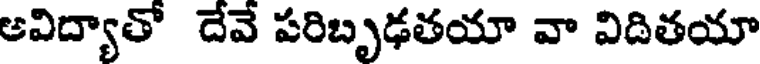
ఆవిద్యాతో దేవే పరిబృఢతయా వా విదితయా